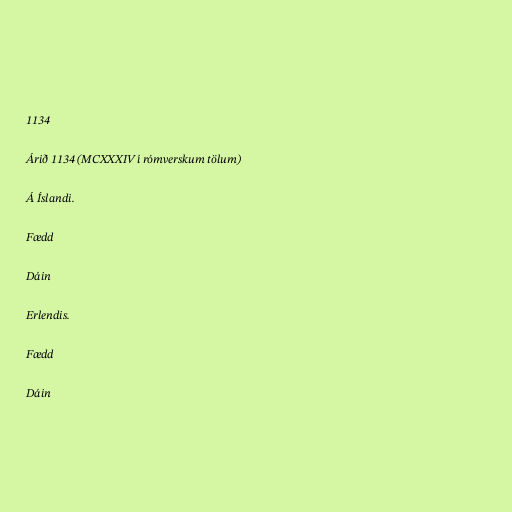
1134

Árið 1134 (MCXXXIV í rómverskum tölum)

Á Íslandi.

Fædd

Dáin

Erlendis.

Fædd

Dáin